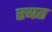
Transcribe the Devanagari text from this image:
रबत